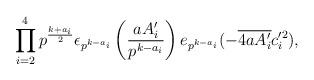
LaTeX: \begin{align*}\prod_{i=2}^4 p^{\frac{k+a_i}{2}}\epsilon_{p^{k-a_i}}\left(\frac{aA_i'}{p^{k-a_i}}\right)e_{p^{k-a_i}}(-\overline{4a A_i'} c_i'^2),\end{align*}